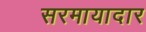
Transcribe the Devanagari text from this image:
सरमायादार